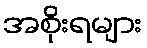
အစိုးရများ